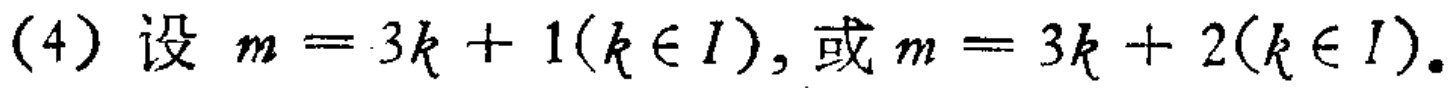
(4) 设 \(m = 3k + 1(k\in I)\), 或 \(m = 3k + 2(k\in I)\).